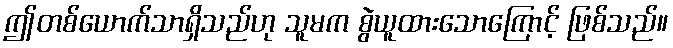
ဤတစ်ယောက်သာရှိသည်ဟု သူမက စွဲယူထားသောကြောင့် ဖြစ်သည်။